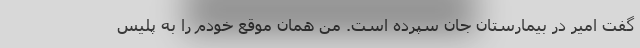
گفت امیر در بیمارستان جان سپرده است. من همان موقع خودم را به پلیس